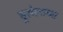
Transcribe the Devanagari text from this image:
ब्रुसेल्सच्या